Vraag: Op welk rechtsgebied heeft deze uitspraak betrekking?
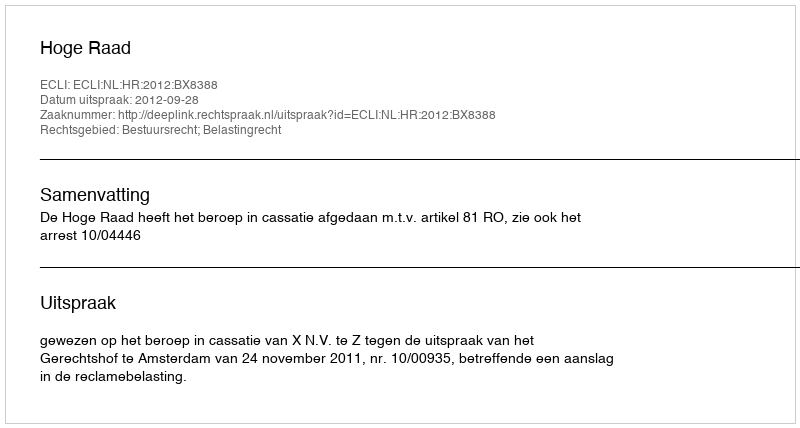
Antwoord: Bestuursrecht; Belastingrecht